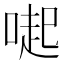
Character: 𠺬